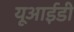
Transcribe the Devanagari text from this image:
यूआईडी